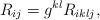
LaTeX: \begin{align*} R_{ij} = g^{kl} R_{iklj},\end{align*}